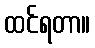
ထင်ရတာ။